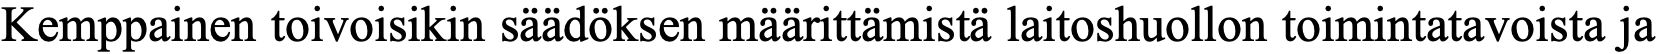
Kemppainen toivoisikin säädöksen määrittämistä laitoshuollon toimintatavoista ja